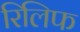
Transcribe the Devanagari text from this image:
रिलिफ